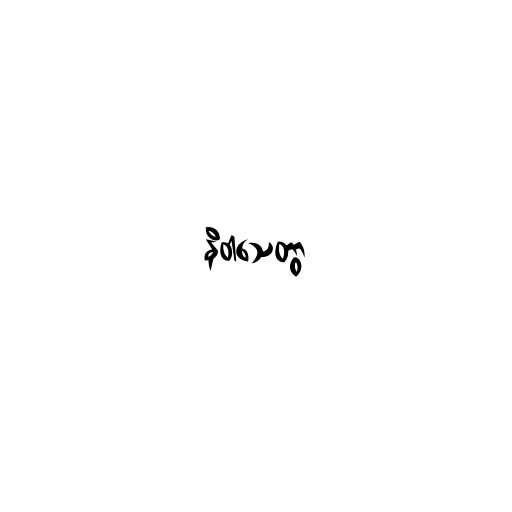
နိဝါသေတွာ